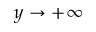
y \to + \infty